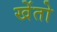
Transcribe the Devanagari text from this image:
खेंतो